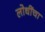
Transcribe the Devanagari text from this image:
लोधींचा